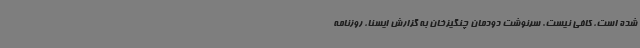
شده است، کافی نیست. سرنوشت دودمان چنگیزخان به گزارش ایسنا، روزنامه